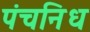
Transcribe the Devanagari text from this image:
पंचनिध